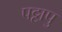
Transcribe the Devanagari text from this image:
पट्टापु